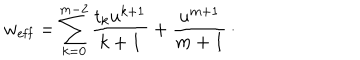
w _ { \mathrm { e f f } } = \sum _ { k = 0 } ^ { m - 2 } { \frac { t _ { k } u ^ { k + 1 } } { k + 1 } } + { \frac { u ^ { m + 1 } } { m + 1 } } \, \cdotp